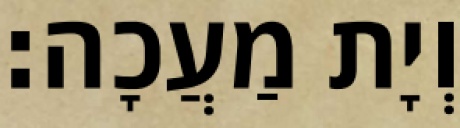
וְיָת מַעֲכָה׃